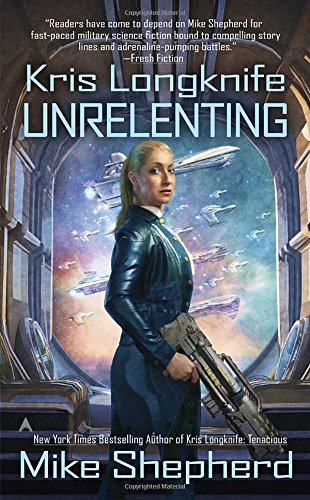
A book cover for Kris Longknife: Unrelenting; Mike Shepherd; Science Fiction & Fantasy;